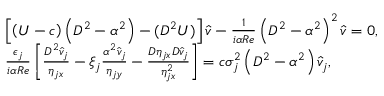
\begin{array} { r l } & { \left[ \left( { U } - c \right) \left( D ^ { 2 } - \alpha ^ { 2 } \right) - ( D ^ { 2 } { U } ) \right] \widehat { v } - \frac { 1 } { i \alpha R e } \left( D ^ { 2 } - \alpha ^ { 2 } \right) ^ { 2 } \widehat { v } = 0 , } \\ & { \frac { \epsilon _ { j } } { i \alpha R e } \left[ \frac { D ^ { 2 } \widehat { v } _ { j } } { \eta _ { j x } } - \xi _ { j } \frac { \alpha ^ { 2 } \widehat { v } _ { j } } { \eta _ { j y } } - \frac { D \eta _ { j x } D \widehat { v } _ { j } } { \eta _ { j x } ^ { 2 } } \right] = c \sigma _ { j } ^ { 2 } \left( D ^ { 2 } - \alpha ^ { 2 } \right) \widehat { v } _ { j } , } \end{array}